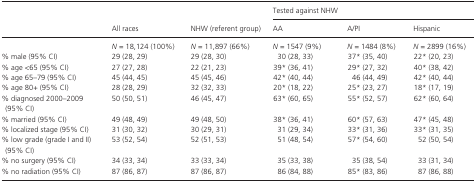
<table><thead><tr><td rowspan="2"></td><td rowspan="2"><b>All races</b></td><td rowspan="2"><b>NHW (referent group)</b></td><td colspan="3"><b>Tested against NHW</b></td></tr><tr><td><b>AA</b></td><td><b>A/PI</b></td><td><b>Hispanic</b></td></tr></thead><tbody><tr><td></td><td><i>N</i> = 18,124 (100%)</td><td><i>N</i> = 11,897 (66%)</td><td><i>N</i> = 1547 (9%)</td><td><i>N</i> = 1484 (8%)</td><td><i>N</i> = 2899 (16%)</td></tr><tr><td>% male (95% CI)</td><td>29 (28, 29)</td><td>29 (28, 30)</td><td>30 (28, 33)</td><td>37a (35, 40)</td><td>22a (20, 23)</td></tr><tr><td>% age &lt;65 (95% CI)</td><td>27 (27, 28)</td><td>22 (21, 23)</td><td>39a (36, 41)</td><td>29a (27, 32)</td><td>40a (38, 42)</td></tr><tr><td>% age 65–79 (95% CI)</td><td>45 (44, 45)</td><td>45 (45, 46)</td><td>42a (40, 44)</td><td>46 (44, 49)</td><td>42a (40, 44)</td></tr><tr><td>% age 80+ (95% CI)</td><td>28 (28, 29)</td><td>32 (32, 33)</td><td>20a (18, 22)</td><td>25a (23, 27)</td><td>18a (17, 19)</td></tr><tr><td>% diagnosed 2000–2009 (95% CI)</td><td>50 (50, 51)</td><td>46 (45, 47)</td><td>63a (60, 65)</td><td>55a (52, 57)</td><td>62a (60, 64)</td></tr><tr><td>% married (95% CI)</td><td>49 (48, 49)</td><td>49 (48, 50)</td><td>38a (36, 41)</td><td>60a (57, 63)</td><td>47a (45, 48)</td></tr><tr><td>% localized stage (95% CI)</td><td>31 (30, 32)</td><td>30 (29, 31)</td><td>31 (29, 34)</td><td>33a (31, 36)</td><td>33a (31, 35)</td></tr><tr><td>% low grade (grade I and II) (95% CI)</td><td>53 (52, 54)</td><td>52 (51, 53)</td><td>51 (48, 54)</td><td>57a (54, 60)</td><td>52 (50, 54)</td></tr><tr><td>% no surgery (95% CI)</td><td>34 (33, 34)</td><td>33 (33, 34)</td><td>35 (33, 38)</td><td>35 (38, 54)</td><td>33 (31, 34)</td></tr><tr><td>% no radiation (95% CI)</td><td>87 (86, 87)</td><td>87 (86, 87)</td><td>86 (84, 88)</td><td>85a (83, 86)</td><td>87 (86, 88)</td></tr></tbody></table>